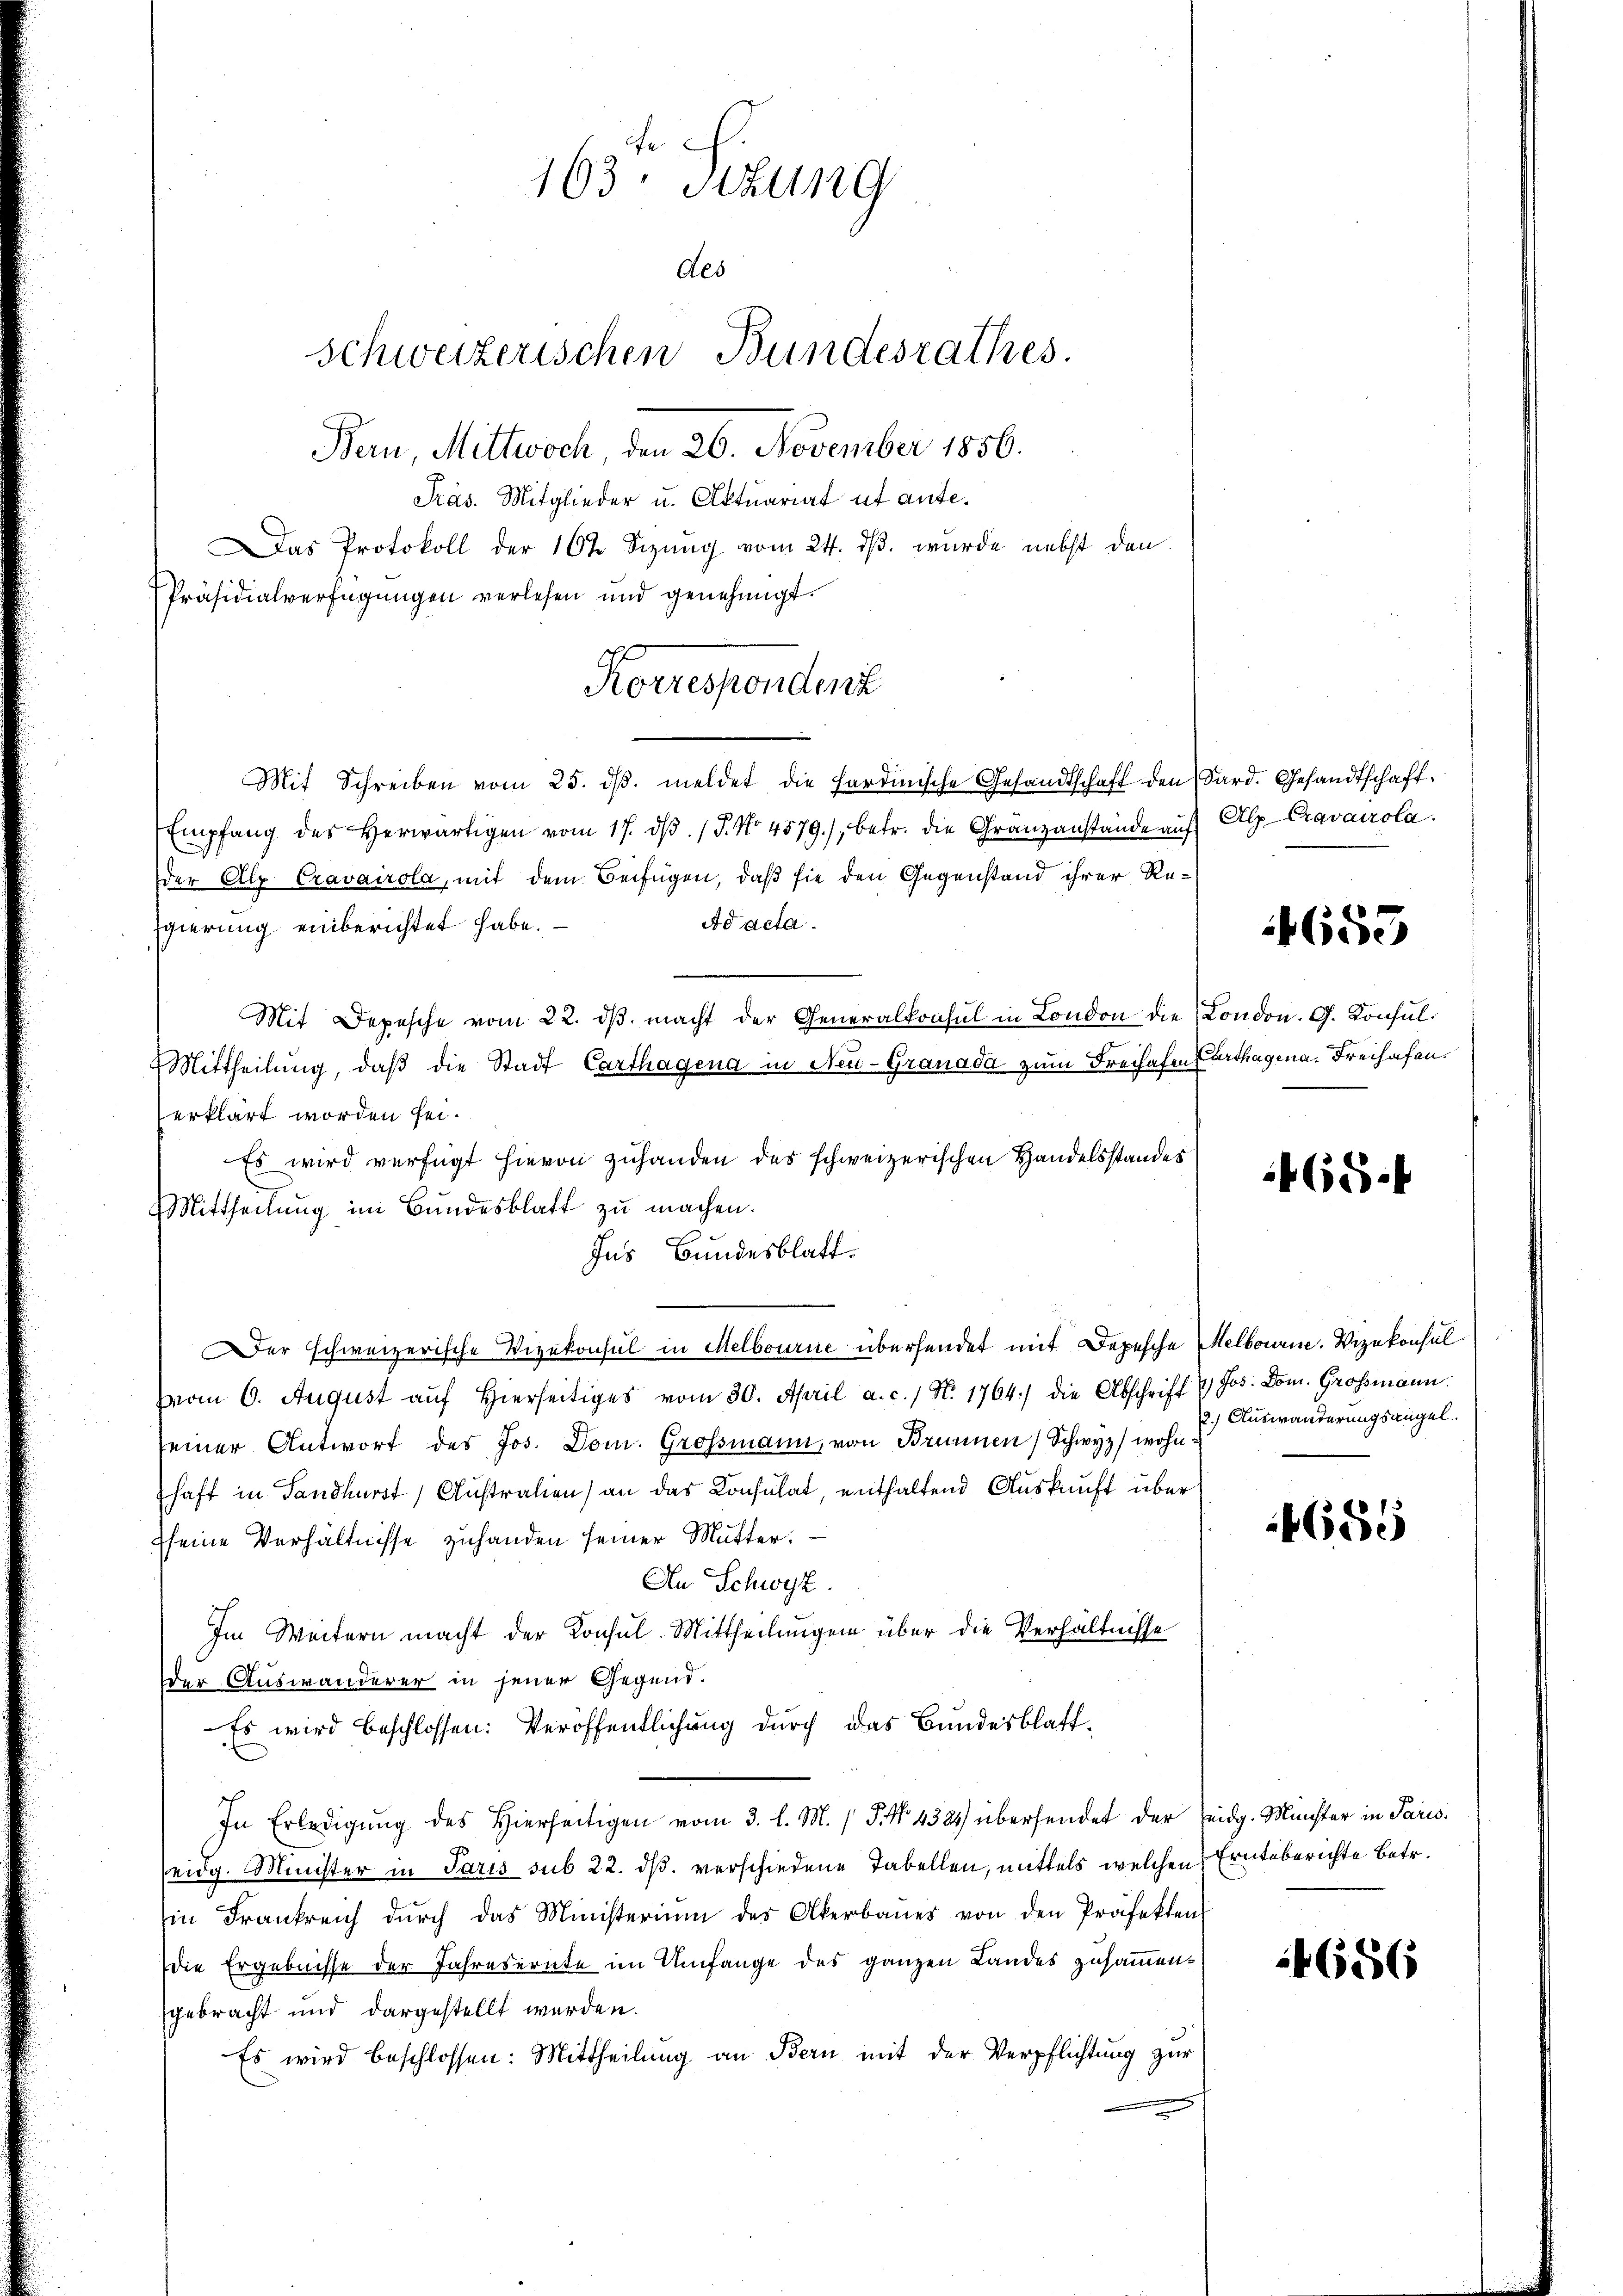
.
163: Stzung
des
Schweizerischen Bundesrathes.
Bern, Mittwoch, den 26. November 1856.
Präs. Mitglieder u. Aktuariat ut ante¬

Das Protokoll der 10t Sizung vom 24. dβ. wurde nebst den
Präsidialverfügungen verlesen und genehmigt.
Mit Schreiben vom 25. dβ. meldet die Fardinische Gesandtschaft den Sard. Gesandtschaft
Empfang des herwärtigen vom 17. dβ. / 5. No. 4579), betr. die Granzanstände aŭf Alp-Cravairola.
Der Alp Cravairola, mit dem Beifügen, daß sie den Gegenstand ihrer Re-
Ad acta.
Egierung einberichtet habe.
Mit Depesche vom 22. dβ macht der Generalkonsul in London die London. G. Konsul¬
Mittheilung, daβ die Stadt Carthagena in Neu-Granada zum Freihafen Parthagena. Freihafen.
erklärt worden sei.
Es wird verfügt hievon zuhanden des schweizerischen Handelsstandes
Mittheilung im Bundesblatt zu machen.
Ins Bundesblatt.
er schweizerische Vizekonsul in Melbourne übersendet mit Depesche Melbourne. Vizekonsul
vom 6. August aŭf hierseitiges vom 30. April a. c. / N. 1764) die Abschrift 4) Jos. Dom. Grossmann.
seiner Antwort des Jos. Dom. Grossmann, von Brunnen Schwyz) wohn
haft in Sandhurst Austration an das Consulat enthaltend Auskunft über
sseine Verhältnisse zuhanden seiner Mutter.
An Schwyz.
Im Weitern macht der Konsul. Mittheilungen über die Verhältnisse
der Auswanderer in jener Gegend.
Es wird beschlossen: Veröffentlichung durch das Bundesblatt¬
In Erledigŭng des hierseitigen vom 3. l. M. P. Nr. 4325) übersendet der Teidg. Münchter in Paris.
seidg. Minister in Paris sub 22. dβ verschiedene Tabellen, mittels welchen Ernteberichte betr.
in Frankreich dŭrch das Ministerium des Akerbaues von den Präfektens
die Ergebnisse der Jahresernte im Umfange des ganzen Landes zusammengebracht und dargestellt werden.
Es wird beschlossen: Mittheilung an Bern mit der Verpflichtung zur

Korrespondert

655

468.

2.) Auswanderungsangel

4685

4656